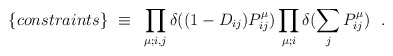
\begin{align*}\{ constraints \}~ \equiv ~ \prod_{\mu;i,j}\delta((1-D_{ij})P^{\mu}_{ij}) \prod_{\mu;i} \delta(\sum_j P_{ij}^{\mu})~~.\end{align*}